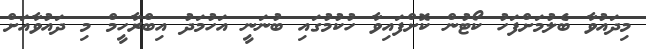
މިދައުވާ ބެލުމަށްފަހު ކޯޓުން ކޮށްފައިވާ ހުކުމުގައި ބުނަނީ އަހުމަދު އިބްރާހީމް މި ދައުވާއަށް